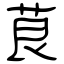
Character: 茛